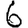
Digit: 6